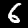
Digit: 6